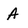
Character: A